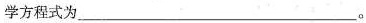
学方程式为___。